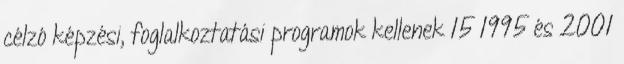
célzó képzési, foglalkoztatási programok kellenek 15 1995 és 2001